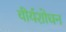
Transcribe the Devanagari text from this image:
वीर्यशोधन